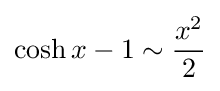
\cosh x-1\sim {\frac {x^{2}}{2}}